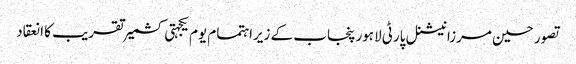
تصور حسین مرزا	 نیشنل پارٹی لاہور پنجاب کے زیراہتمام یوم یکجہتی کشمیر تقریب کا انعقاد